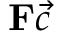
\mathbf { F } \vec { c }